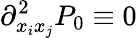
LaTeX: \partial_{x_{i}x_{j}}^{2}P_{0}\equiv 0